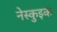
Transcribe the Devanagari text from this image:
नेस्कुइक